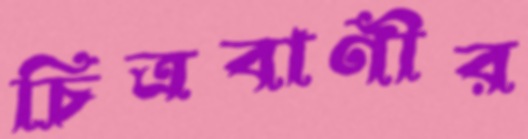
চিত্রবাণীর